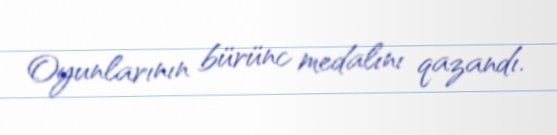
Oyunlarının bürünc medalını qazandı.